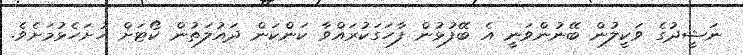
ނަޝީދުގެ ވަކީލުން ބޭނުންވަނީ އެ ބޭފުޅުން ފާހަގަކުރައްވާ ކަންކަން ދައުލަތުން ކޯޓަށް ހުށަހެޅުމަށެވެ.